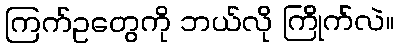
ကြက်ဥတွေကို ဘယ်လို ကြိုက်လဲ။